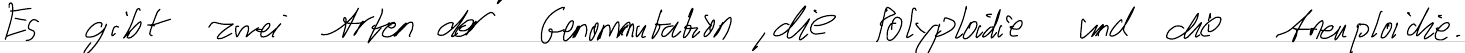
Es gibt zwei Arten der Genommutation, die Polyploidie und die Aneuploidie.